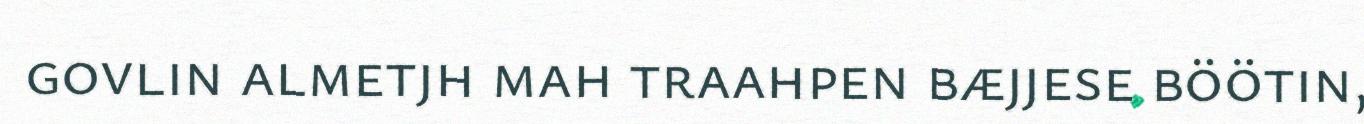
govlin almetjh mah traahpen bæjjese böötin,